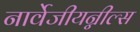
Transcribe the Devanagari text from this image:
नार्वेजीयन्नील्स